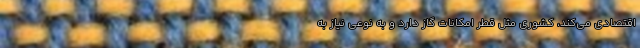
اقتصادی می‌کند، کشوری مثل قطر امکانات گاز دارد و به نوعی نیاز به